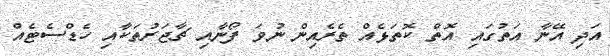
އަދި އޭނާ އަތުގައި އޮތް ކޮތަޅެއް ތެރެއިން ނުވަ ފޯނާއި ޗާޖަރުތަކާއި ހެޑްސެޓެއް